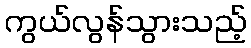
ကွယ်လွန်သွားသည့်